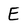
Character: E